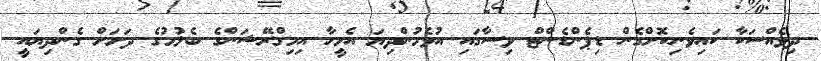
ދިވެއްސަކާ ކައިވެނިކޮށްގެން ޑިޕެންޑެންޓް ވިސާގައި އުޅެމުންދިޔަ އެމީހާ އިމިގްރޭޝަންގެ ބެލުމުގެ ދަށަށް ގެންދިޔައީ